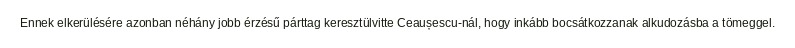
Ennek elkerülésére azonban néhány jobb érzésű párttag keresztülvitte Ceaușescu-nál, hogy inkább bocsátkozzanak alkudozásba a tömeggel.